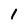
Character: 1